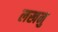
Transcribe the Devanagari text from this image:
लखनु